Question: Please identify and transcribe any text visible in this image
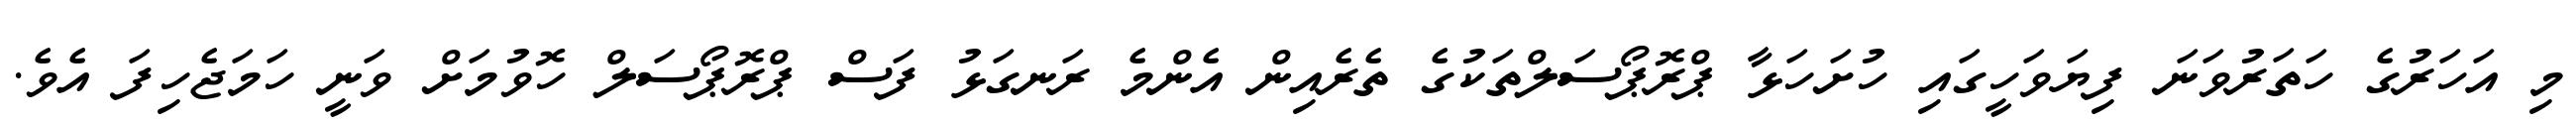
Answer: މި އަހަރުގެ ހަތަރުވަނަ ފިޔަވަހީގައި ހުށަހަޅާ ޕްރޮޕޯސަލްތަކުގެ ތެރެއިން އެންމެ ރަނގަޅު ފަސް ޕްރޮޕޯސަލް ހޮވުމަށް ވަނީ ހަމަޖެހިފަ އެވެ.